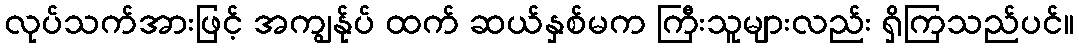
လုပ်သက်အားဖြင့် အကျွန်ုပ် ထက် ဆယ်နှစ်မက ကြီးသူများလည်း ရှိကြသည်ပင်။